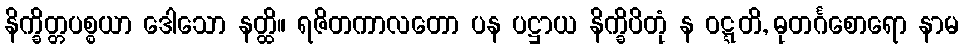
နိက္ခိတ္တပစ္စယာ ဒေါသော နတ္ထိ။ ရဇိတကာလတော ပန ပဋ္ဌာယ နိက္ခိပိတုံ န ဝဋ္ဋတိ, ဓုတင်္ဂစောရော နာမ